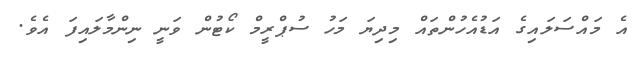
އެ މައްސަލައިގެ އަޑުއެހުންތައް މިދިޔަ މަހު ސުޕްރީމް ކޯޓުން ވަނީ ނިންމާލައިފަ އެވެ.